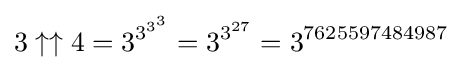
3\uparrow \uparrow 4=3^{3^{3^{3}}}=3^{3^{27}}=3^{7625597484987}